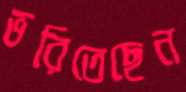
ভরিতেছেন